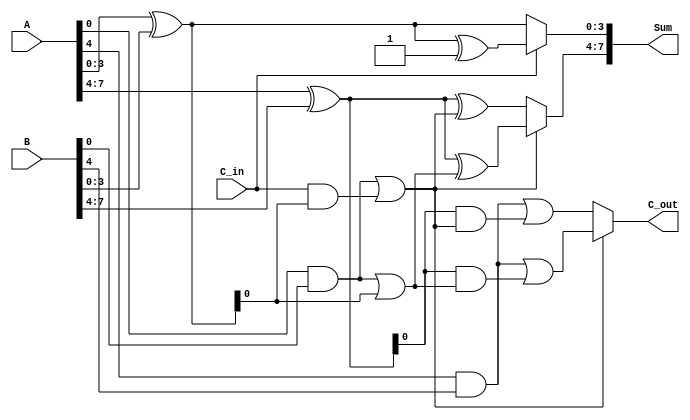
module static_carry_select_adder (
    input  wire [7:0] A,   // First 8-bit input
    input  wire [7:0] B,   // Second 8-bit input
    input  wire C_in,      // Carry-in for the first segment
    output wire [7:0] Sum, // 8-bit sum output
    output wire C_out      // Carry-out
);

    // Intermediate wires for partial sums and carries
    wire [3:0] S0_0, S0_1;  // Partial sums for segment 0
    wire C0_0, C0_1;        // Carry outputs for segment 0
    wire [3:0] S1_0, S1_1;  // Partial sums for segment 1
    wire C1_0, C1_1;        // Carry outputs for segment 1

    // Segment 0: A[3:0] + B[3:0]
    assign S0_0 = A[3:0] ^ B[3:0]; // Sum assuming C_in = 0
    assign C0_0 = (A[3:0] & B[3:0]) | (C_in & (A[3:0] ^ B[3:0]));
    
    assign S0_1 = S0_0 ^ 4'b0001;   // Sum assuming C_in = 1
    assign C0_1 = (A[3:0] & B[3:0]) | (1'b1 & (A[3:0] ^ B[3:0]));

    // Segment 1: A[7:4] + B[7:4]
    assign S1_0 = A[7:4] ^ B[7:4] ^ C0_0; // Sum assuming C_in = C0_0
    assign C1_0 = (A[7:4] & B[7:4]) | ((A[7:4] ^ B[7:4]) & C0_0);
    
    assign S1_1 = A[7:4] ^ B[7:4] ^ C0_1; // Sum assuming C_in = C0_1
    assign C1_1 = (A[7:4] & B[7:4]) | ((A[7:4] ^ B[7:4]) & C0_1);

    // MUX to select final sums based on C_in
    assign Sum[3:0] = C_in ? S0_1 : S0_0;
    assign Sum[7:4] = C0_0 ? S1_1 : S1_0;

    // Final carry-out
    assign C_out = C0_0 ? C1_1 : C1_0;

endmodule